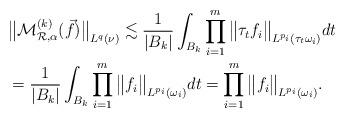
LaTeX: \begin{align*}&\big\|\mathcal{M}_{\mathcal{R},\alpha}^{(k)} (\vec{f})\big\|_{L^q(\nu)}\lesssim \frac{1}{|B_k|} \int_{B_k} \prod_{i=1}^m \big\| \tau_t f_i \big\|_{L^{p_i}(\tau_t \omega_i)} dt \\&=\frac{1}{|B_k|} \int_{B_k} \prod_{i=1}^m \big\| f_i \big\|_{L^{p_i}(\omega_i)} dt=\prod_{i=1}^m \big\| f_i \big\|_{L^{p_i}(\omega_i)}.\end{align*}